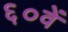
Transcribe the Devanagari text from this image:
६०वें